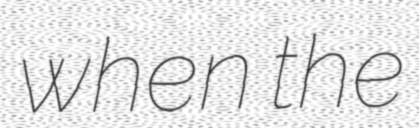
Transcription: when the